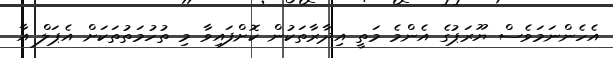
އެހެންނަމަވެސް ޔޫރަޕުގެ އެންމެ މަތީ އިދާރާތަކުން ކޮށްފައިވާ މި ތުހުމަތުތަކަށް އެޕަލް އާ